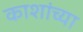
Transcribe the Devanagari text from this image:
काशांच्या